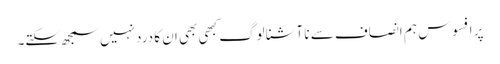
پر افسوس ہم انصاف سے نا آشنا لوگ کبھی بھی ان کا درد نہیں سمجھ سکتے۔